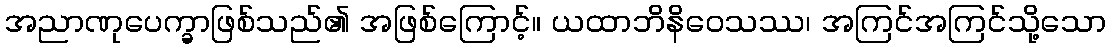
အညာဏုပေက္ခာဖြစ်သည်၏ အဖြစ်ကြောင့်။ ယထာဘိနိဝေသဿ၊ အကြင်အကြင်သို့သော